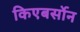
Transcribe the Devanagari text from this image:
किएबर्सोन